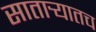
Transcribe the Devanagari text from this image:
सातार्‍यातच